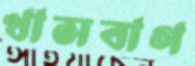
খাসবাগ